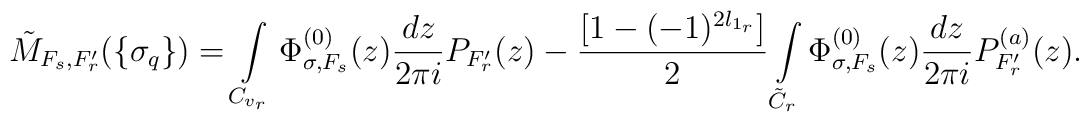
\tilde M_{F_s,F_r'}(\{\sigma_q\})=\int\limits_{C_{v_r}}\Phi_{\sigma,F_s}^{(0)}(z)\frac{dz} {2\pi i}P_{F_r'}(z)-\frac{[1-(-1)^{2l_{1_r}}]}{2}\int\limits_{\tilde C_r}\Phi_{\sigma,F_s}^{(0)}(z)\frac{dz} {2\pi i}P_{F_r'}^{(a)}(z).